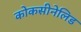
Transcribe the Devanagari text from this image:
कोकसीनेलिड